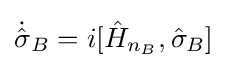
{\textstyle {\dot {\hat {\sigma }}}_{B}=i[{\hat {H}}_{n_{B}},{\hat {\sigma }}_{B}]}